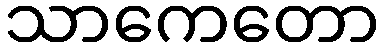
သာကေတော